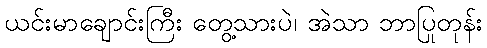
ယင်းမာချောင်းကြီး တွေ့သားပဲ၊ အဲသာ ဘာပြုတုန်း